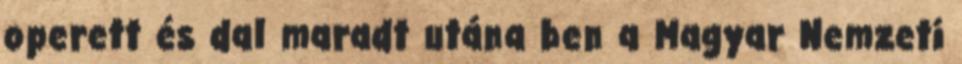
operett és dal maradt utána ben a Magyar Nemzeti